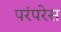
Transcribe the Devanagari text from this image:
परंपरेस